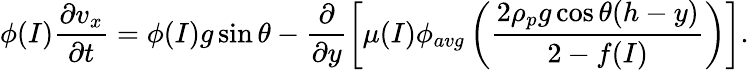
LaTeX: \phi(I)\frac{\partial v_{x}}{\partial t}=\phi(I)g\sin\theta-\frac{\partial}{\partial y}\left[\mu(I)\phi_{avg}\left(\frac{2\rho_{p}g\cos\theta(h-y)}{2-f(I)}\right)\right].